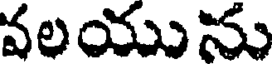
వలయును